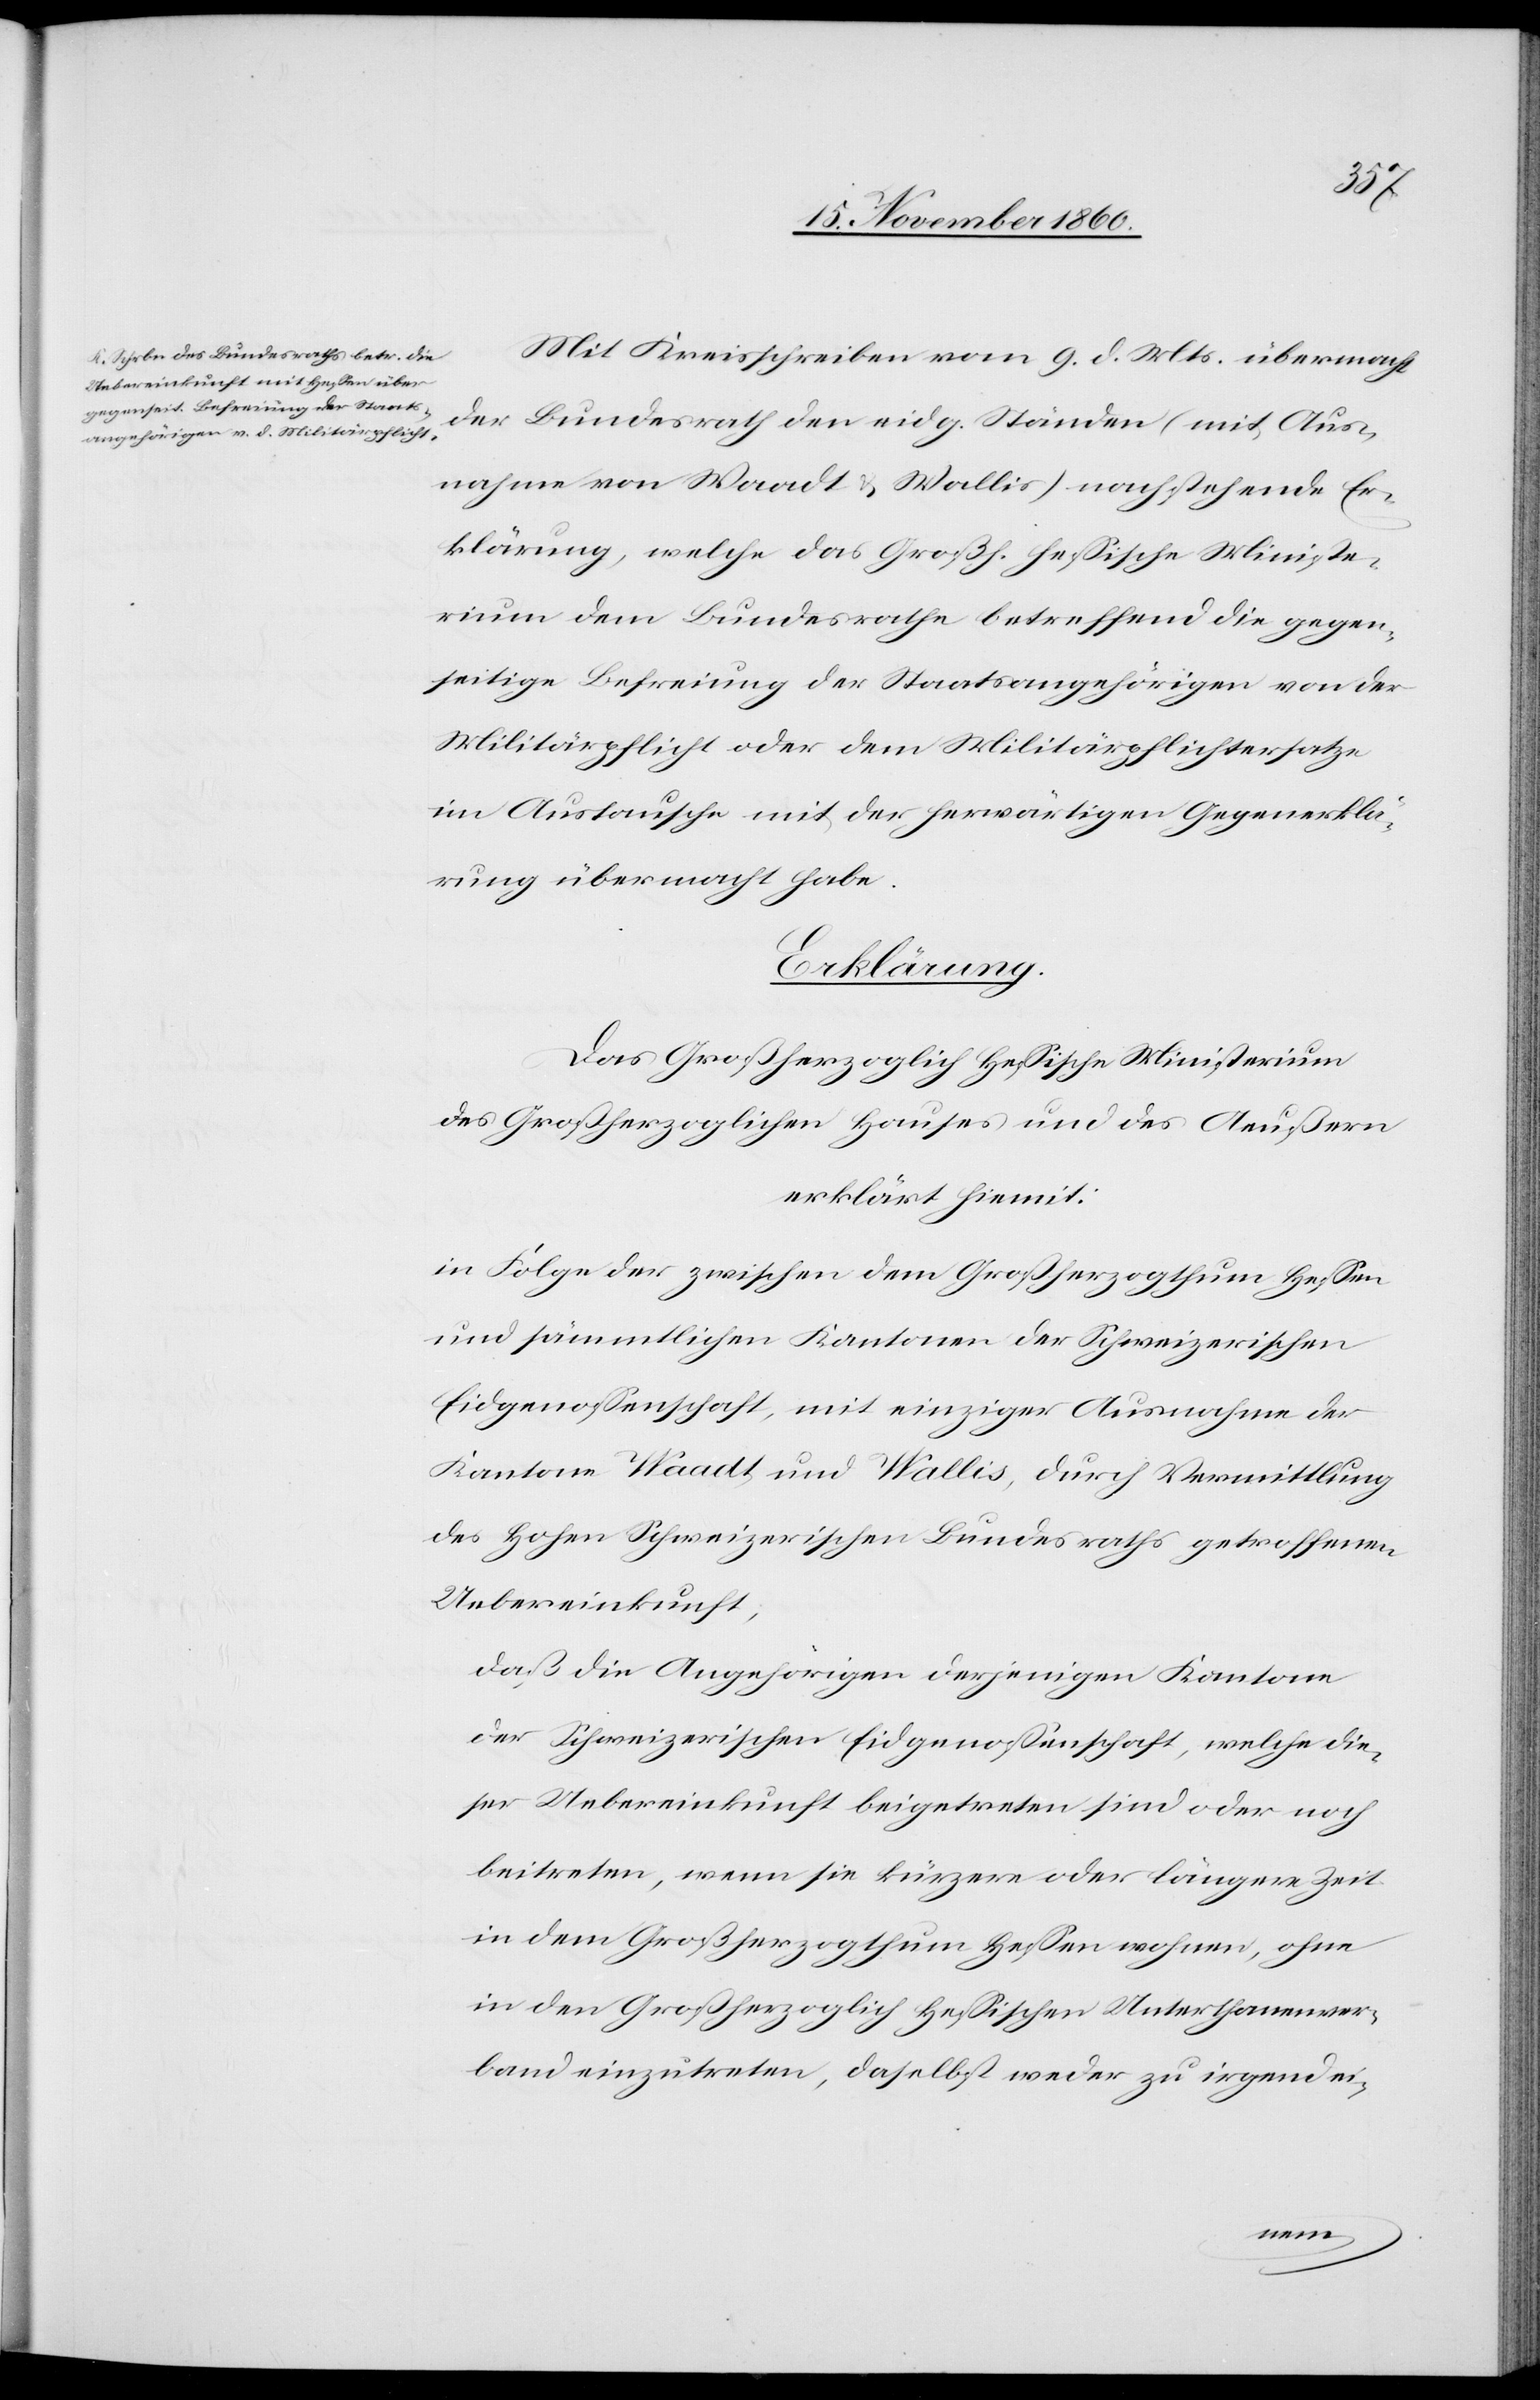
Mit Kreisschreiben vom 9. d. Mts. übermacht
der Bundesrath den eidg. Ständen (mit Aus¬
nahme von Waadt u. Wallis) nachstehende Er¬
klärung, welche das Großh. hessische Ministe¬
rium dem Bundesrathe betreffend die gegen¬
seitige Befreiung der Staatsangehörigen von der
Militärpflicht oder dem Militärpflichtersatze
im Austausche mit der herwärtigen Gegenerklä¬
rung übermacht habe.
Erklärung.
Das Großherzoglich Hessische Ministerium
des Großherzoglichen Hauses und des Aeußern
erklärt hiemit:
in Folge der zwischen dem Großherzogthum Hessen
und sämmtlichen Kantonen der Schweizerischen
Eidgenossenschaft, mit einziger Ausnahme der
Kantone Waadt und Wallis, durch Vermittlung
des Hohen Schweizerischen Bundesraths getroffenen
Uebereinkunft,
daß die Angehörigen derjenigen Kantone
der Schweizerischen Eidgenossenschaft, welche die¬
ser Uebereinkunft beigetreten sind oder noch
beitreten, wenn sie kürzere oder längere Zeit
in dem Großherzogthum Hessen wohnen, ohne
in den Großherzoglich Hessischen Unterthanenver¬
band einzutreten, daselbst weder zu irgendei-